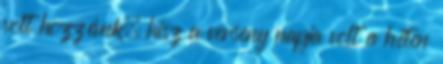
volt hozzánk, hisz a verseny napja volt a héten